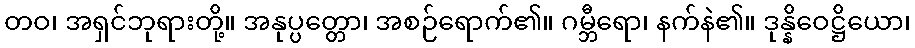
တဝ၊ အရှင်ဘုရားတို့။ အနုပ္ပတ္တော၊ အစဉ်ရောက်၏။ ဂမ္ဘီရော၊ နက်နဲ၏။ ဒုန္နိဝေဋ္ဌိယော၊